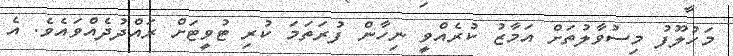
މަހުލޫފު މިސުވާލުތަށް އަމާޒު ކުރެއްވީ ނިހާން ފުރަތަމަ ކުރި ޓުވީޓަށް ރައްދުދެއްވައެވެ. އެ